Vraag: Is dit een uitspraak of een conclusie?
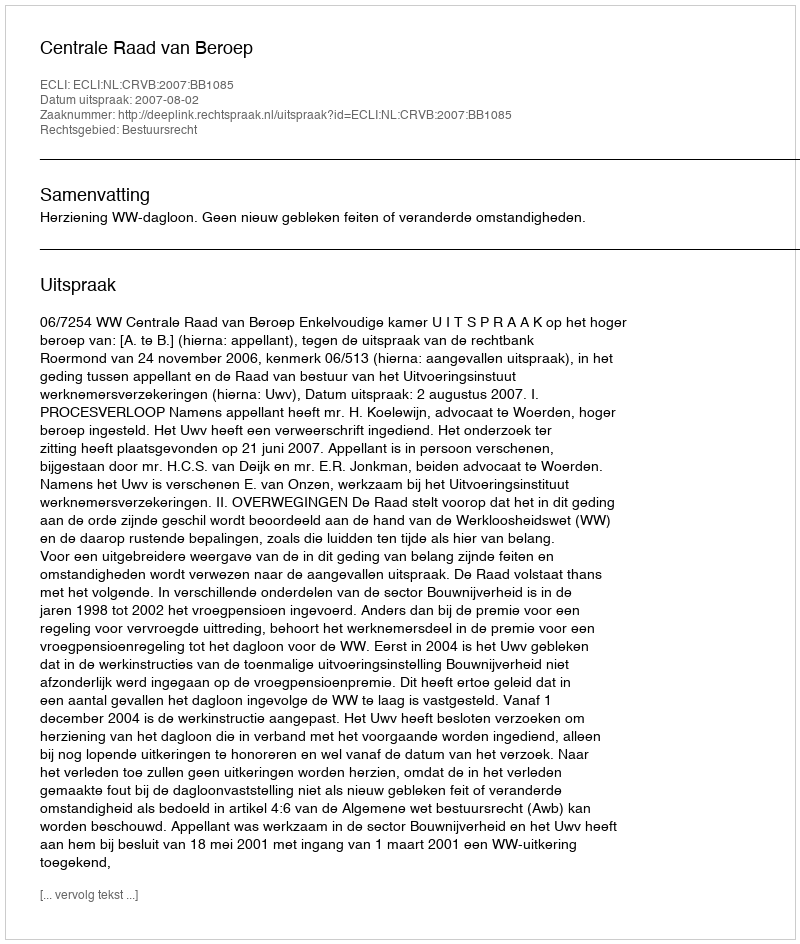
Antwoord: Uitspraak